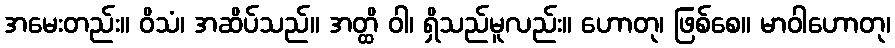
အမေးတည်း။ ဝိသံ၊ အဆိပ်သည်။ အတ္ထိ ဝါ၊ ရှိသည်မူလည်း။ ဟောတု၊ ဖြစ်စေ။ မာဝါဟောတု၊